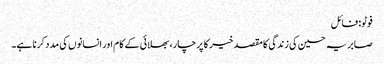
فوٹو: فائل
صابریہ حسین کی زندگی کا مقصد خیر کا پرچار، بھلائی کے کام اور انسانوں کی مدد کرنا ہے۔